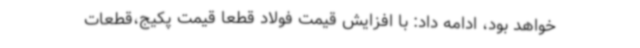
خواهد بود، ادامه داد: با افزایش قیمت فولاد قطعاً قیمت پکیج،قطعات